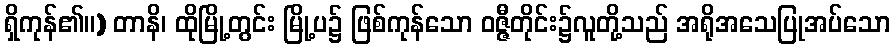
ရှိကုန်၏။) တာနိ၊ ထိုမြို့တွင်း မြို့ပ၌ ဖြစ်ကုန်သော ဝဇ္ဇီတိုင်း၌လူတို့သည် အရိုအသေပြုအပ်သော